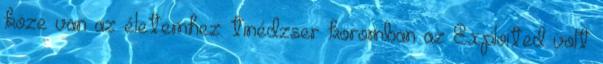
köze van az életemhez: tinédzser koromban az Exploited volt